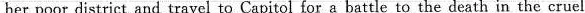
her poor district and travel to Capitol for a battle to the death in the cruel